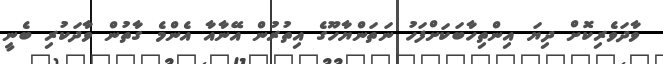
ވާދަވެރިކޮށް ދިޔަ އިންތިހާބަކަށްފަހު ނަތަންޔާހޫގެ އިތުރުން އޭނާއާ އެންމެ ގާތުން ވާދަކުރި ބެނީ